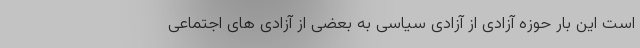
است این بار حوزه آزادی از آزادی سیاسی به بعضی از آزادی های اجتماعی